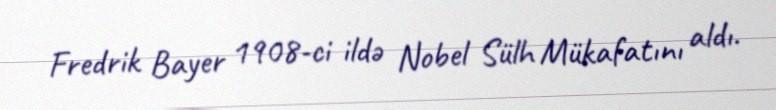
Fredrik Bayer 1908-ci ildə Nobel Sülh Mükafatını aldı.